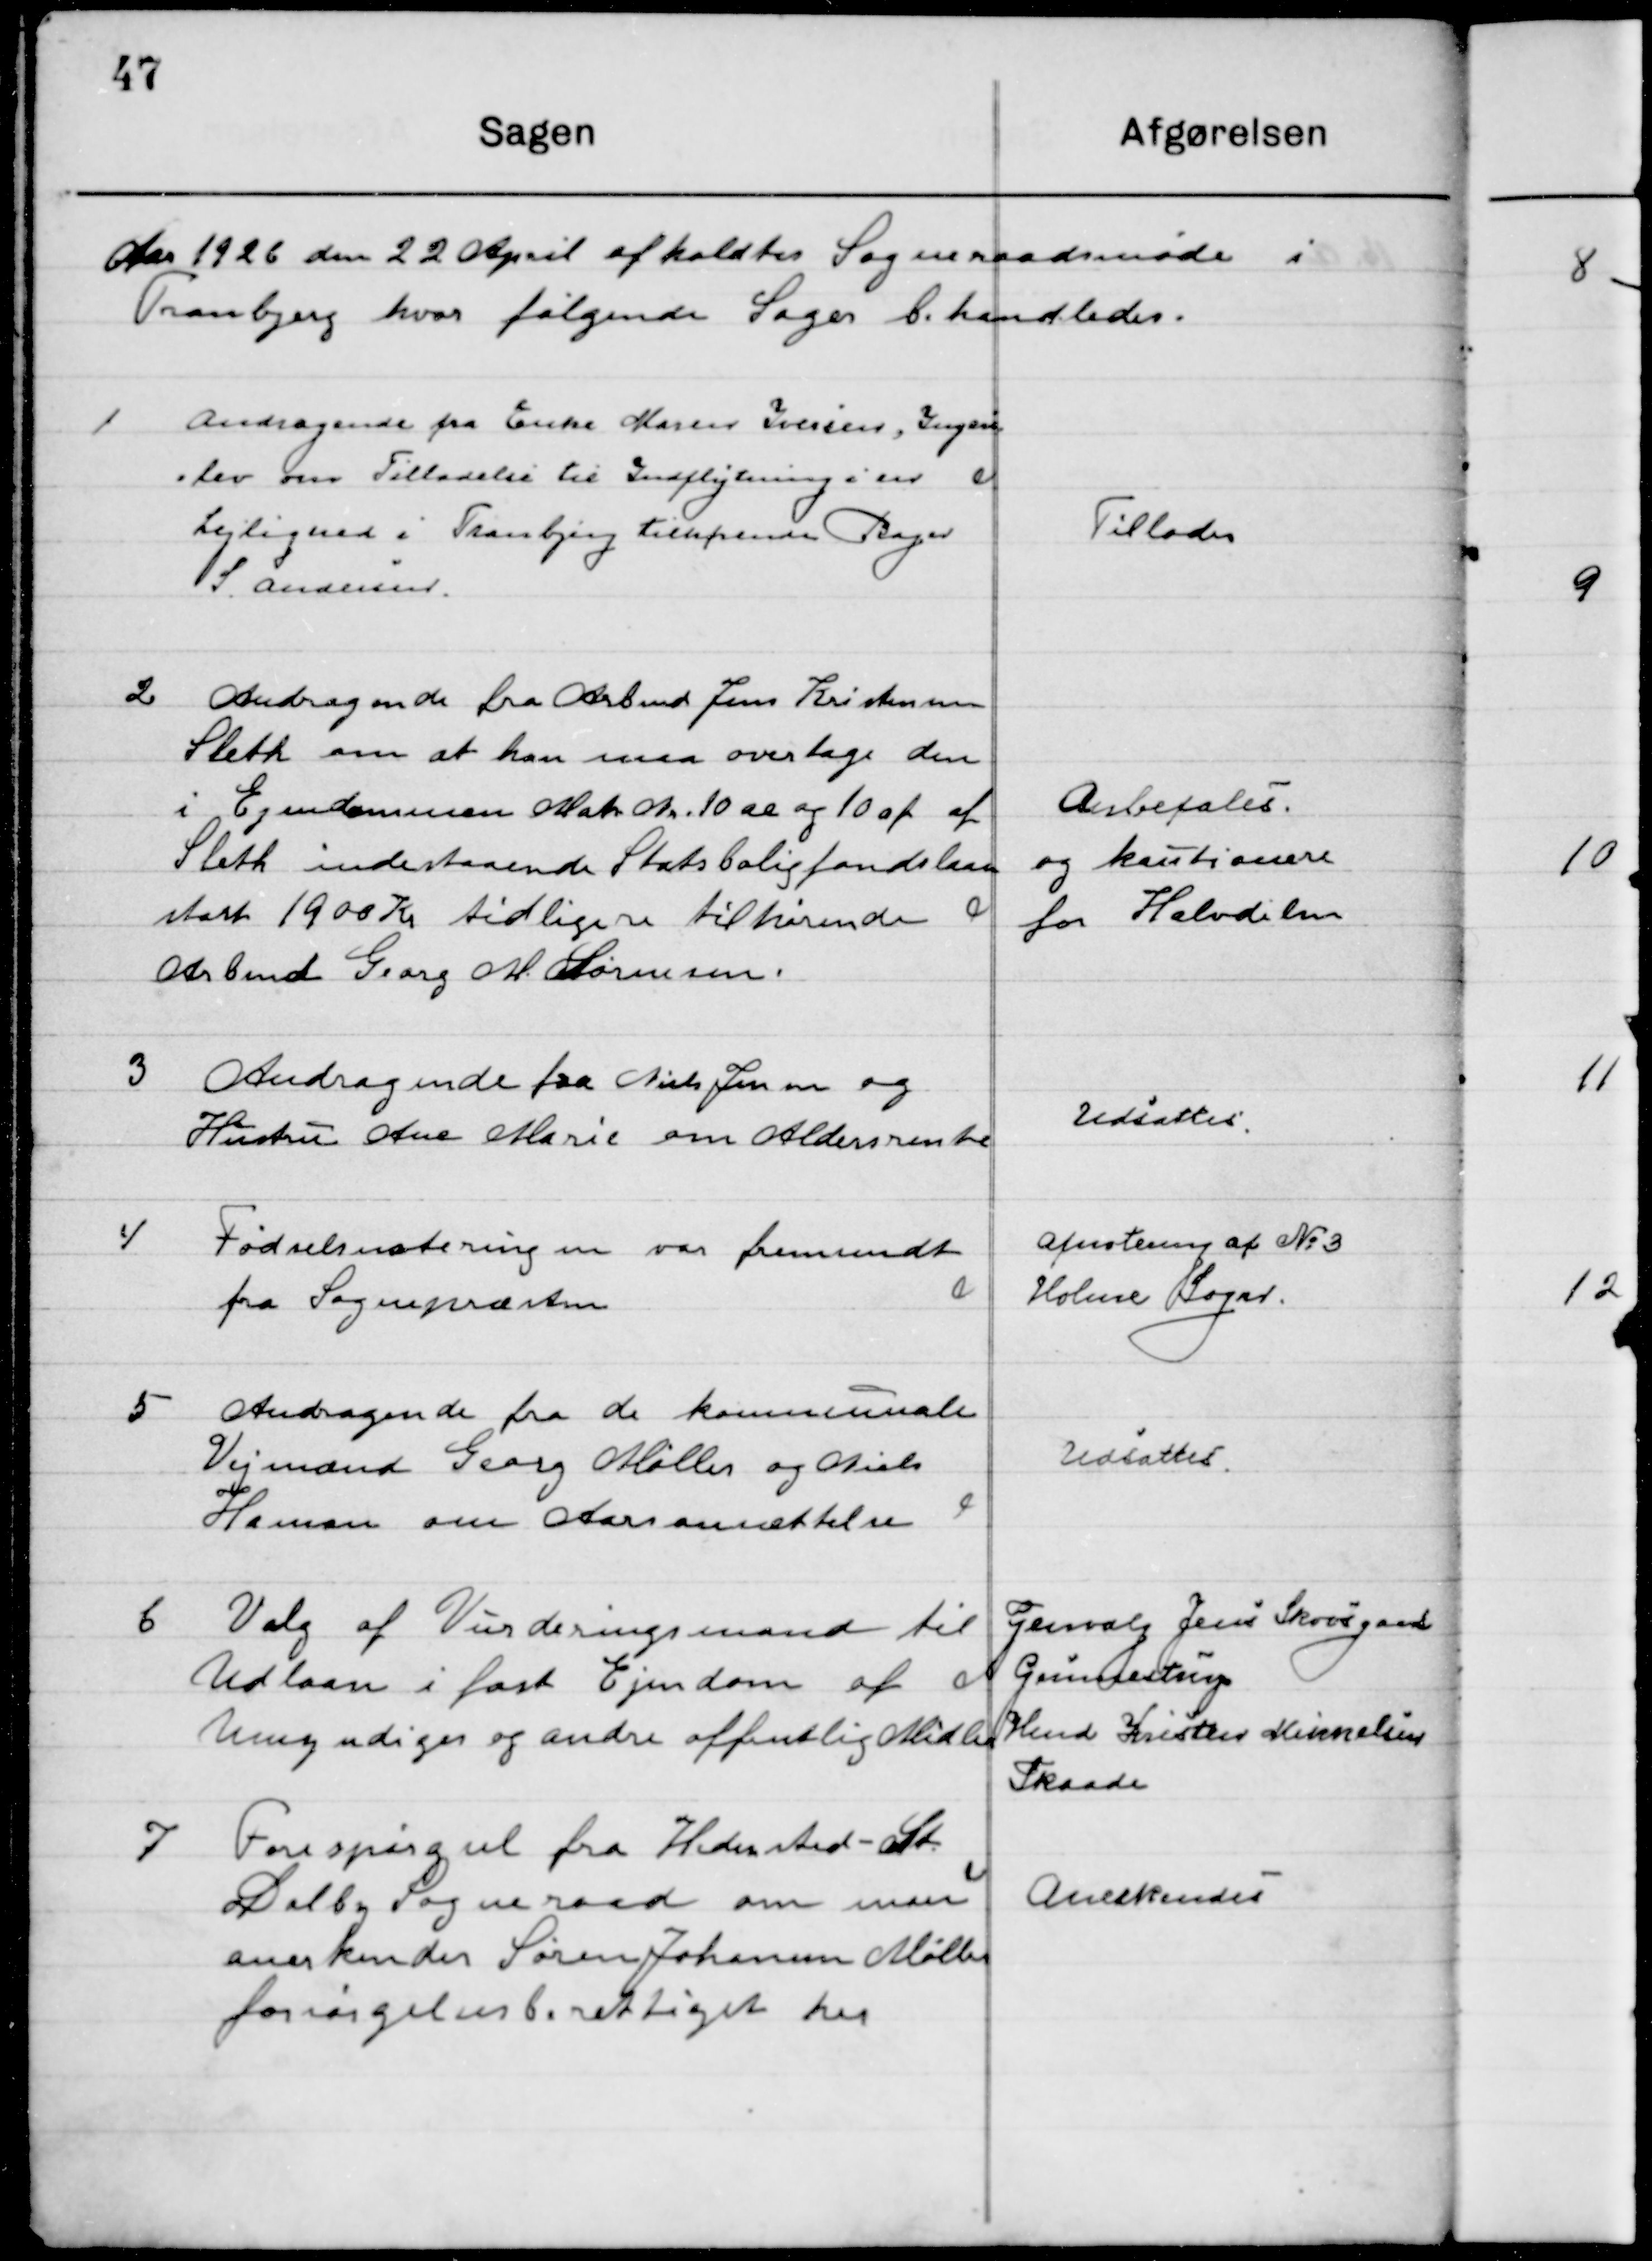
Transskription:
Aaret 1926 den 22 April afholdtes  Sogneraadsmøde i 
Tranbjerg hvor følgende Sager behandledes.

1

Andragende fra Enke Maren Iversen Ingers-
Lev om Tilladelse til Indflytning i en
Lejlighed i Tranbjerg tilhørende Bager
S. Andersen.

Tillodes

2

Andragende fra Arbmd. Jens Kristensen
Sleth om at han maa overtage den
i Ejendommen Matr. No. 10 ae og 10 af 
Sleth indestaaende Statsboligfondslaan
Stort 1900 Kr. tidligere tilhørende
Arbmd. Georg M. Sørensen.

Anbefales
og kautionere 
for Halvdelen

3

Andragende fra Niels Jensen og
Hustru Ane Marie om Aldersrente

Udsattes

4

Fødselsnoteringen var fremsendt
fra Sognepræsten.

Afnotering af No. 3
Holme Sogn

5

Andragende fra de kommunale
Vejmænd Georg Møller og Niels
Hansen om Aarsansættelse

Udsattes

6

Valg af Vurderingsmand til
Udlaan af fast Ejendom af
Umyndige og andre offentlige Midler

Genvalg Jens Skovgaard
Gunnestrup
Hmd Kristen Mikkelsen
Skaade

7

Forespørgsels fra Hedensted - St.
Dalby Sogneraad om man
Anerkender Søren Johannes Møller
Forsørgelsesberettiget her

Anerkendes